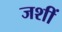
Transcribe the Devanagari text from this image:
जशीं